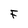
Character: F